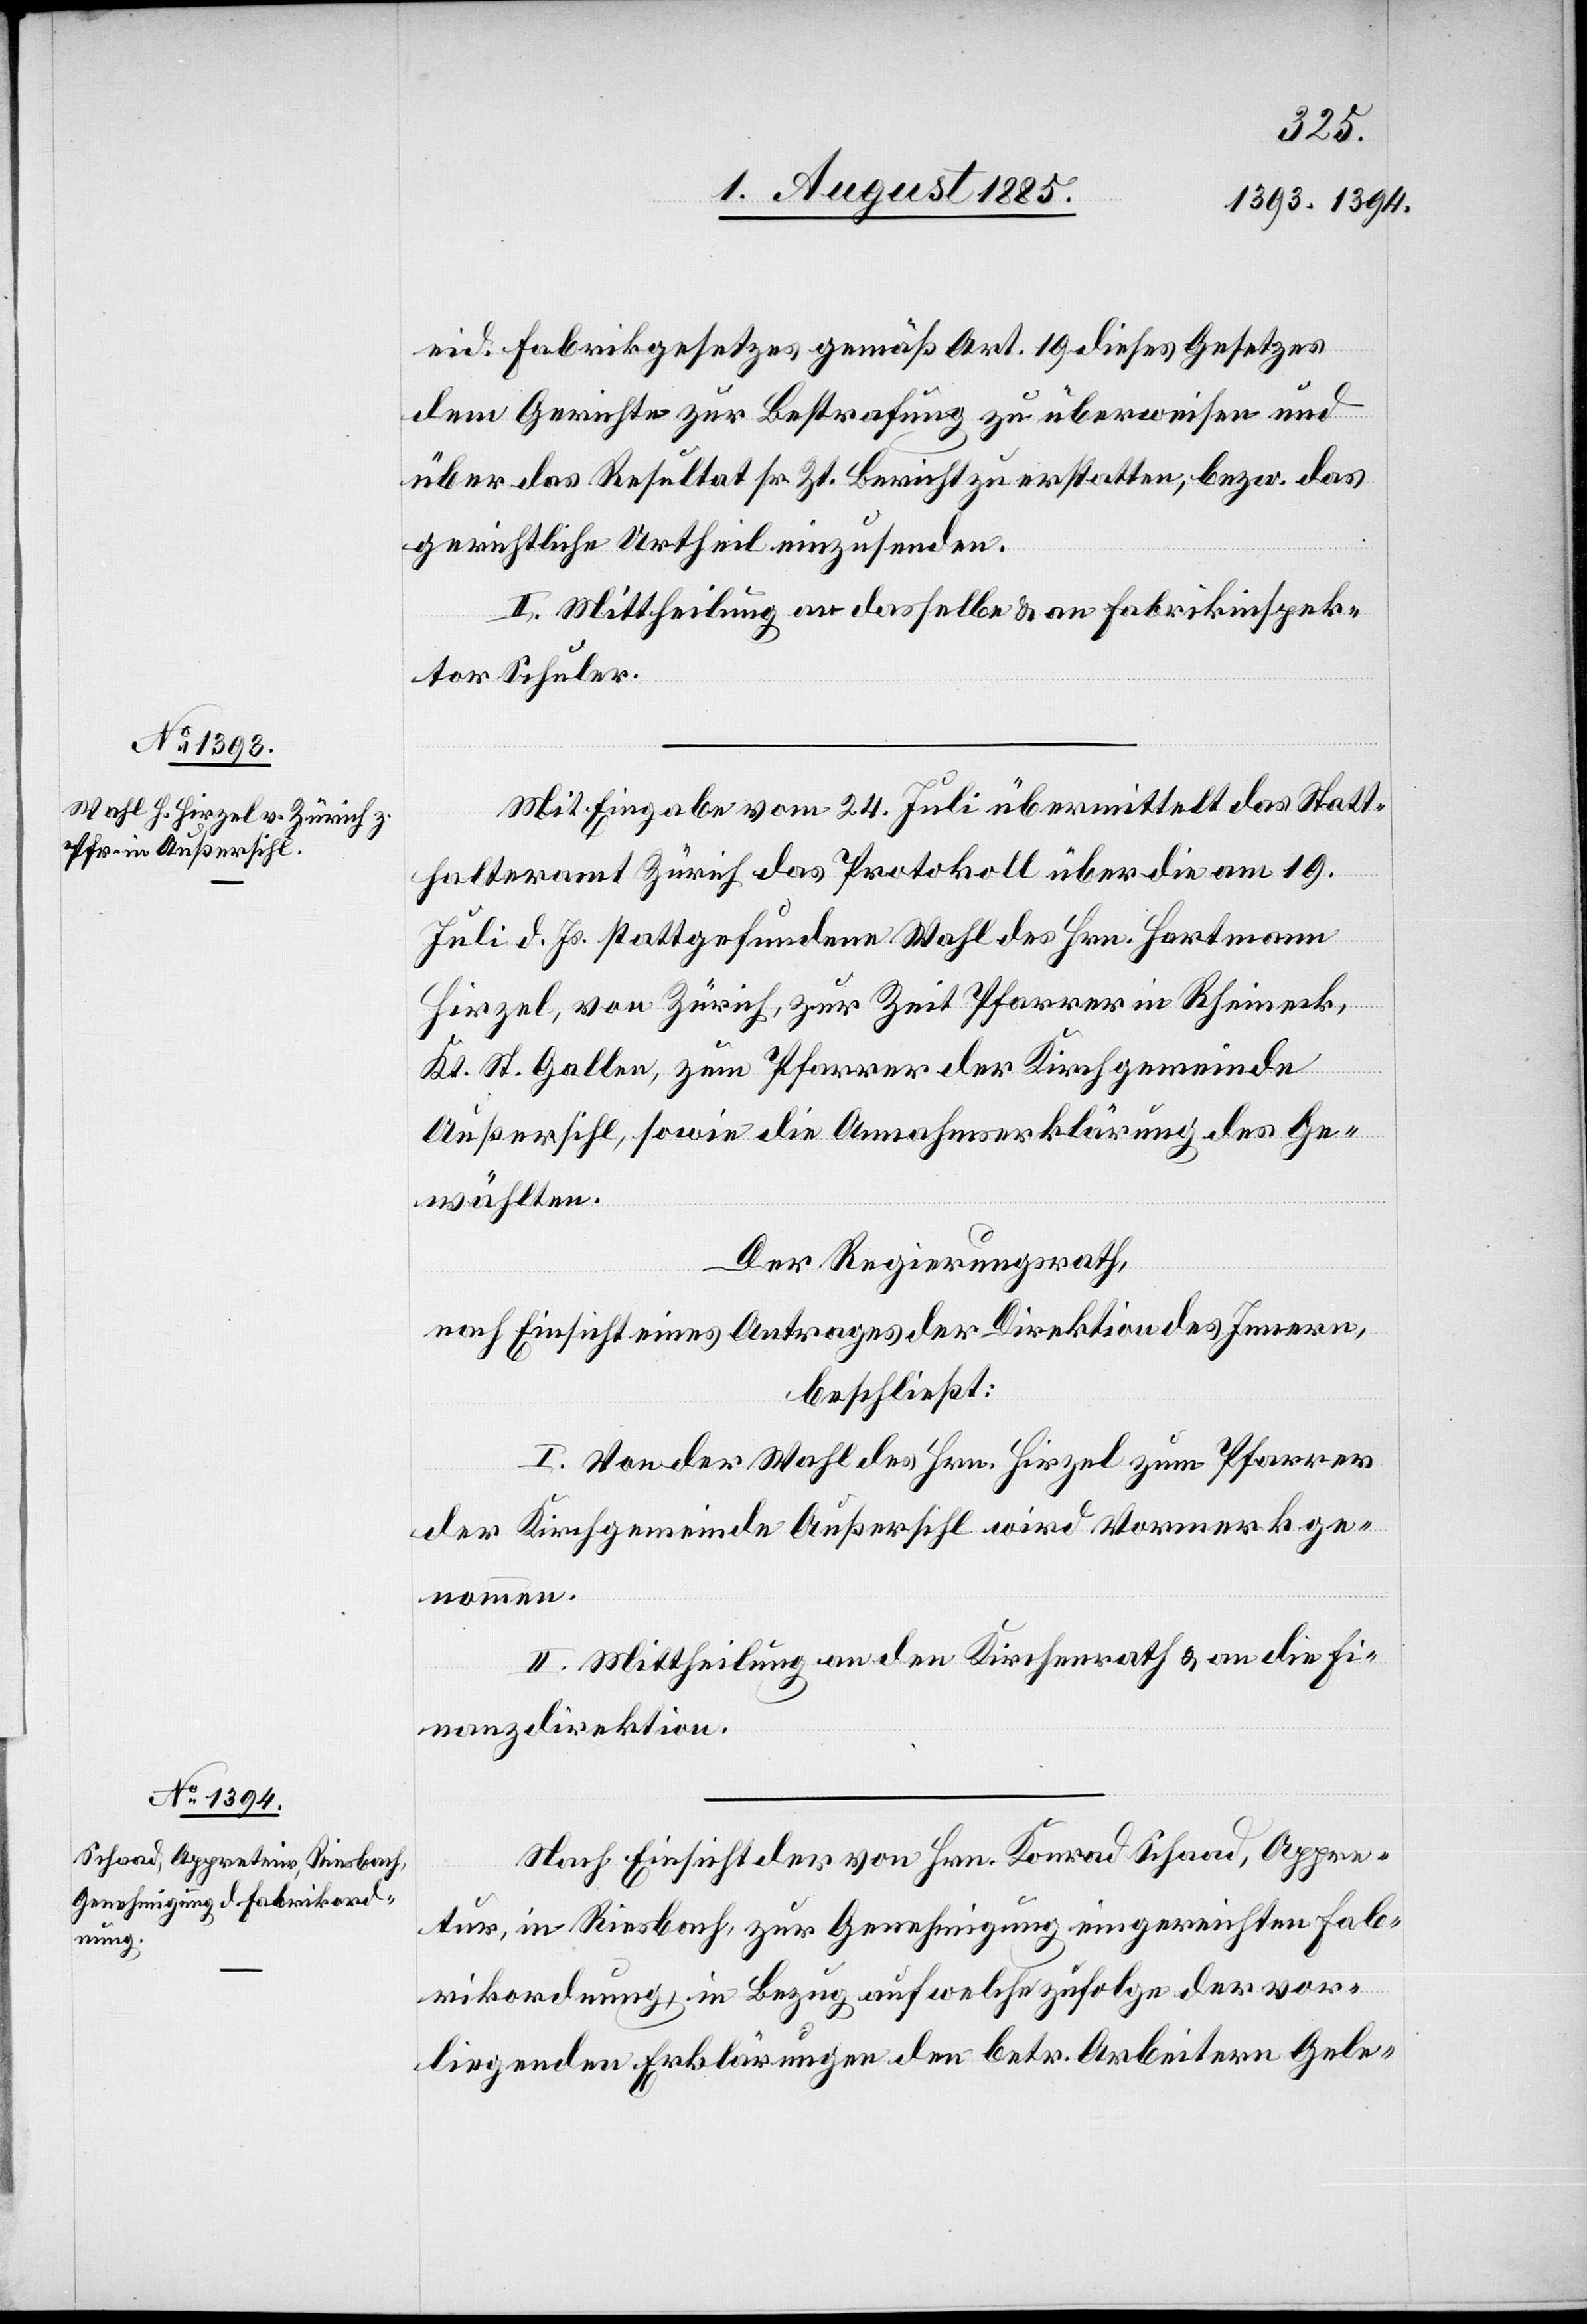
eid. Fabrikgesetzes gemäß Art. 19 dieses Gesetzes
dem Gerichte zur Bestrafung zu überweisen und
über das Resultat sr. Zt. Bericht zu erstatten, bezw. das
gerichtliche Urtheil einzusenden.
II. Mittheilung an dasselbe & an Fabrikinspek¬
tor Schuler.
Mit Eingabe vom 24. Juli übermittelt das Statt¬
halteramt Zürich das Protokoll über die am 19.
Juli d. Js. stattgefundene Wahl des Hrn. Hartmann
Hirzel, von Zürich, zur Zeit Pfarrer in Rheineck,
Kt. St. Gallen, zum Pfarrer der Kirchgemeinde
Außersihl, sowie die Annahmserklärung des Ge¬
wählten.
Der Regierungsrath,
weser
nach Einsicht eines Antrages der Direktion des Innern,
beschließt:
I. Von der Wahl des Hrn. Hirzel zum Pfarrver¬
der Kirchgemeinde Außersihl wird Vormerk ge¬
nommen.
II. Mittheilung an den Kirchenrath & an die Fi¬
nanzdirektion.
Nach Einsicht der von Hrn. Konrad Schaad, Appre¬
t[e]ur, in Riesbach, zur Genehmigung eingereichten Fab¬
rikordnung, in Bezug auf welche zufolge der vor¬
liegenden Erklärungen den betr. Arbeitern Gele-